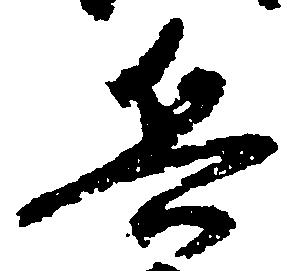
兵